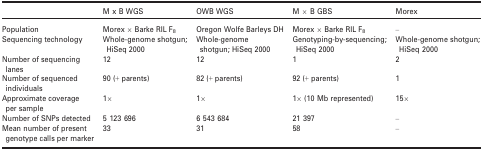
|  | M x B WGS | OWB WGS | M × B GBS | Morex |
 | --- | --- | --- | --- | --- |
 | Population | Morex × Barke RIL F8 | Oregon Wolfe Barleys DH | Morex × Barke RIL F8 | – |
 | Sequencing technology | Whole-genome shotgun; HiSeq 2000 | Whole-genome shotgun; HiSeq 2000 | Genotyping-by-sequencing; HiSeq 2000 | Whole-genome shotgun; HiSeq 2000 |
 | Number of sequencing lanes | 12 | 12 | 1 | 2 |
 | Number of sequenced individuals | 90 (+ parents) | 82 (+ parents) | 92 (+ parents) | 1 |
 | Approximate coverage per sample | 1× | 1× | 1× (10 Mb represented) | 15× |
 | Number of SNPs detected | 5 123 696 | 6 543 684 | 21 397 | – |
 | Mean number of present genotype calls per marker | 33 | 31 | 58 | – |